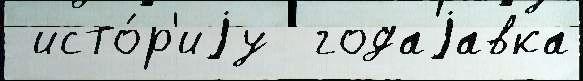
 исто́р'иjу  годаjавка